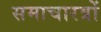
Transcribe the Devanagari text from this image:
समाचारत्रों